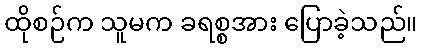
ထိုစဉ်က သူမက ခရစ္စအား ပြောခဲ့သည်။